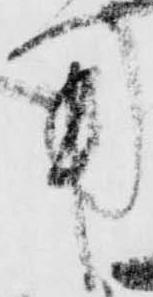
用